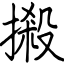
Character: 摋